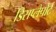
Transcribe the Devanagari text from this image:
डिसप्लेपोर्ट